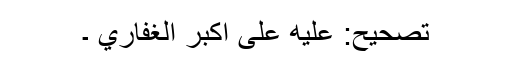
تصحیح: عليه على اكبر الغفاري ۔